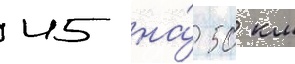
45 на́ 50 км